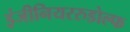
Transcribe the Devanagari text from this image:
इंजीनियररुडोल्फ